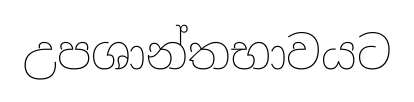
උපශාන්තභාවයට